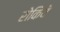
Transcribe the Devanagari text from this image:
रोकिये